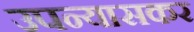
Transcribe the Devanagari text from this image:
उपन्यासकर